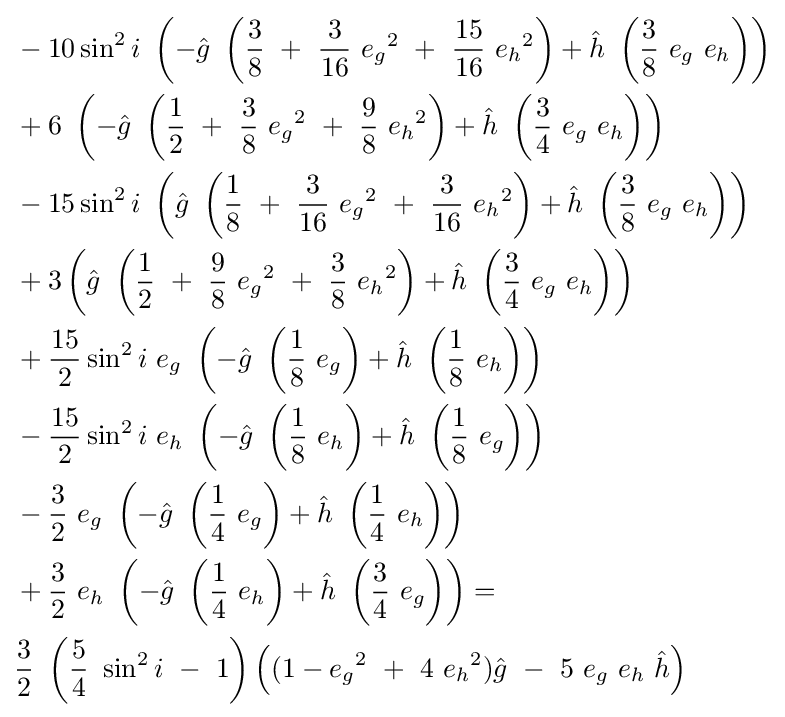
{\begin{aligned}&-10\sin ^{2}i\ \left(-{\hat {g}}\ \left({\frac {3}{8}}\ +\ {\frac {3}{16}}\ {e_{g}}^{2}\ +\ {\frac {15}{16}}\ {e_{h}}^{2}\right)+{\hat {h}}\ \left({\frac {3}{8}}\ e_{g}\ e_{h}\right)\right)\\&+6\ \left(-{\hat {g}}\ \left({\frac {1}{2}}\ +\ {\frac {3}{8}}\ {e_{g}}^{2}\ +\ {\frac {9}{8}}\ {e_{h}}^{2}\right)+{\hat {h}}\ \left({\frac {3}{4}}\ e_{g}\ e_{h}\right)\right)\\&-15\sin ^{2}i\ \left({\hat {g}}\ \left({\frac {1}{8}}\ +\ {\frac {3}{16}}\ {e_{g}}^{2}\ +\ {\frac {3}{16}}\ {e_{h}}^{2}\right)+{\hat {h}}\ \left({\frac {3}{8}}\ e_{g}\ e_{h}\right)\right)\\&+3\left({\hat {g}}\ \left({\frac {1}{2}}\ +\ {\frac {9}{8}}\ {e_{g}}^{2}\ +\ {\frac {3}{8}}\ {e_{h}}^{2}\right)+{\hat {h}}\ \left({\frac {3}{4}}\ e_{g}\ e_{h}\right)\right)\\&+{\frac {15}{2}}\sin ^{2}i\ e_{g}\ \left(-{\hat {g}}\ \left({\frac {1}{8}}\ e_{g}\right)+{\hat {h}}\ \left({\frac {1}{8}}\ e_{h}\right)\right)\\&-{\frac {15}{2}}\sin ^{2}i\ e_{h}\ \left(-{\hat {g}}\ \left({\frac {1}{8}}\ e_{h}\right)+{\hat {h}}\ \left({\frac {1}{8}}\ e_{g}\right)\right)\\&-{\frac {3}{2}}\ e_{g}\ \left(-{\hat {g}}\ \left({\frac {1}{4}}\ e_{g}\right)+{\hat {h}}\ \left({\frac {1}{4}}\ e_{h}\right)\right)\\&+{\frac {3}{2}}\ e_{h}\ \left(-{\hat {g}}\ \left({\frac {1}{4}}\ e_{h}\right)+{\hat {h}}\ \left({\frac {3}{4}}\ e_{g}\right)\right)=\\&{\frac {3}{2}}\ \left({\frac {5}{4}}\ \sin ^{2}i\ -\ 1\right)\left((1-{e_{g}}^{2}\ +\ 4\ {e_{h}}^{2}){\hat {g}}\ -\ 5\ e_{g}\ e_{h}\ {\hat {h}}\right)\end{aligned}}